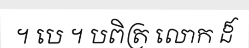
។ បេ ។ បពិត្រ លោក ដ៏